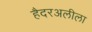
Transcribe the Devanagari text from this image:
हैदरअलीला